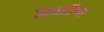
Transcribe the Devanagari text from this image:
जटलैण्ड